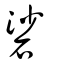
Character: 硰